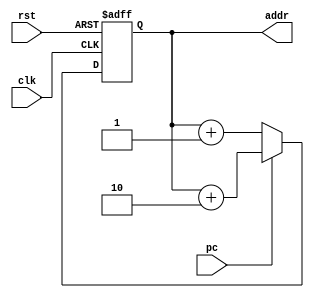
module DDS_module(input clk,rst,input pc,output reg[7:0] addr);
	
	always@(posedge clk,posedge rst)begin
		if(rst) addr<=8'b0;
		else if(pc==0)	addr<=addr+8'd1;
		else addr<=addr+8'd2;
	end
	
endmodule